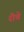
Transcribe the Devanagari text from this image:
रीचे